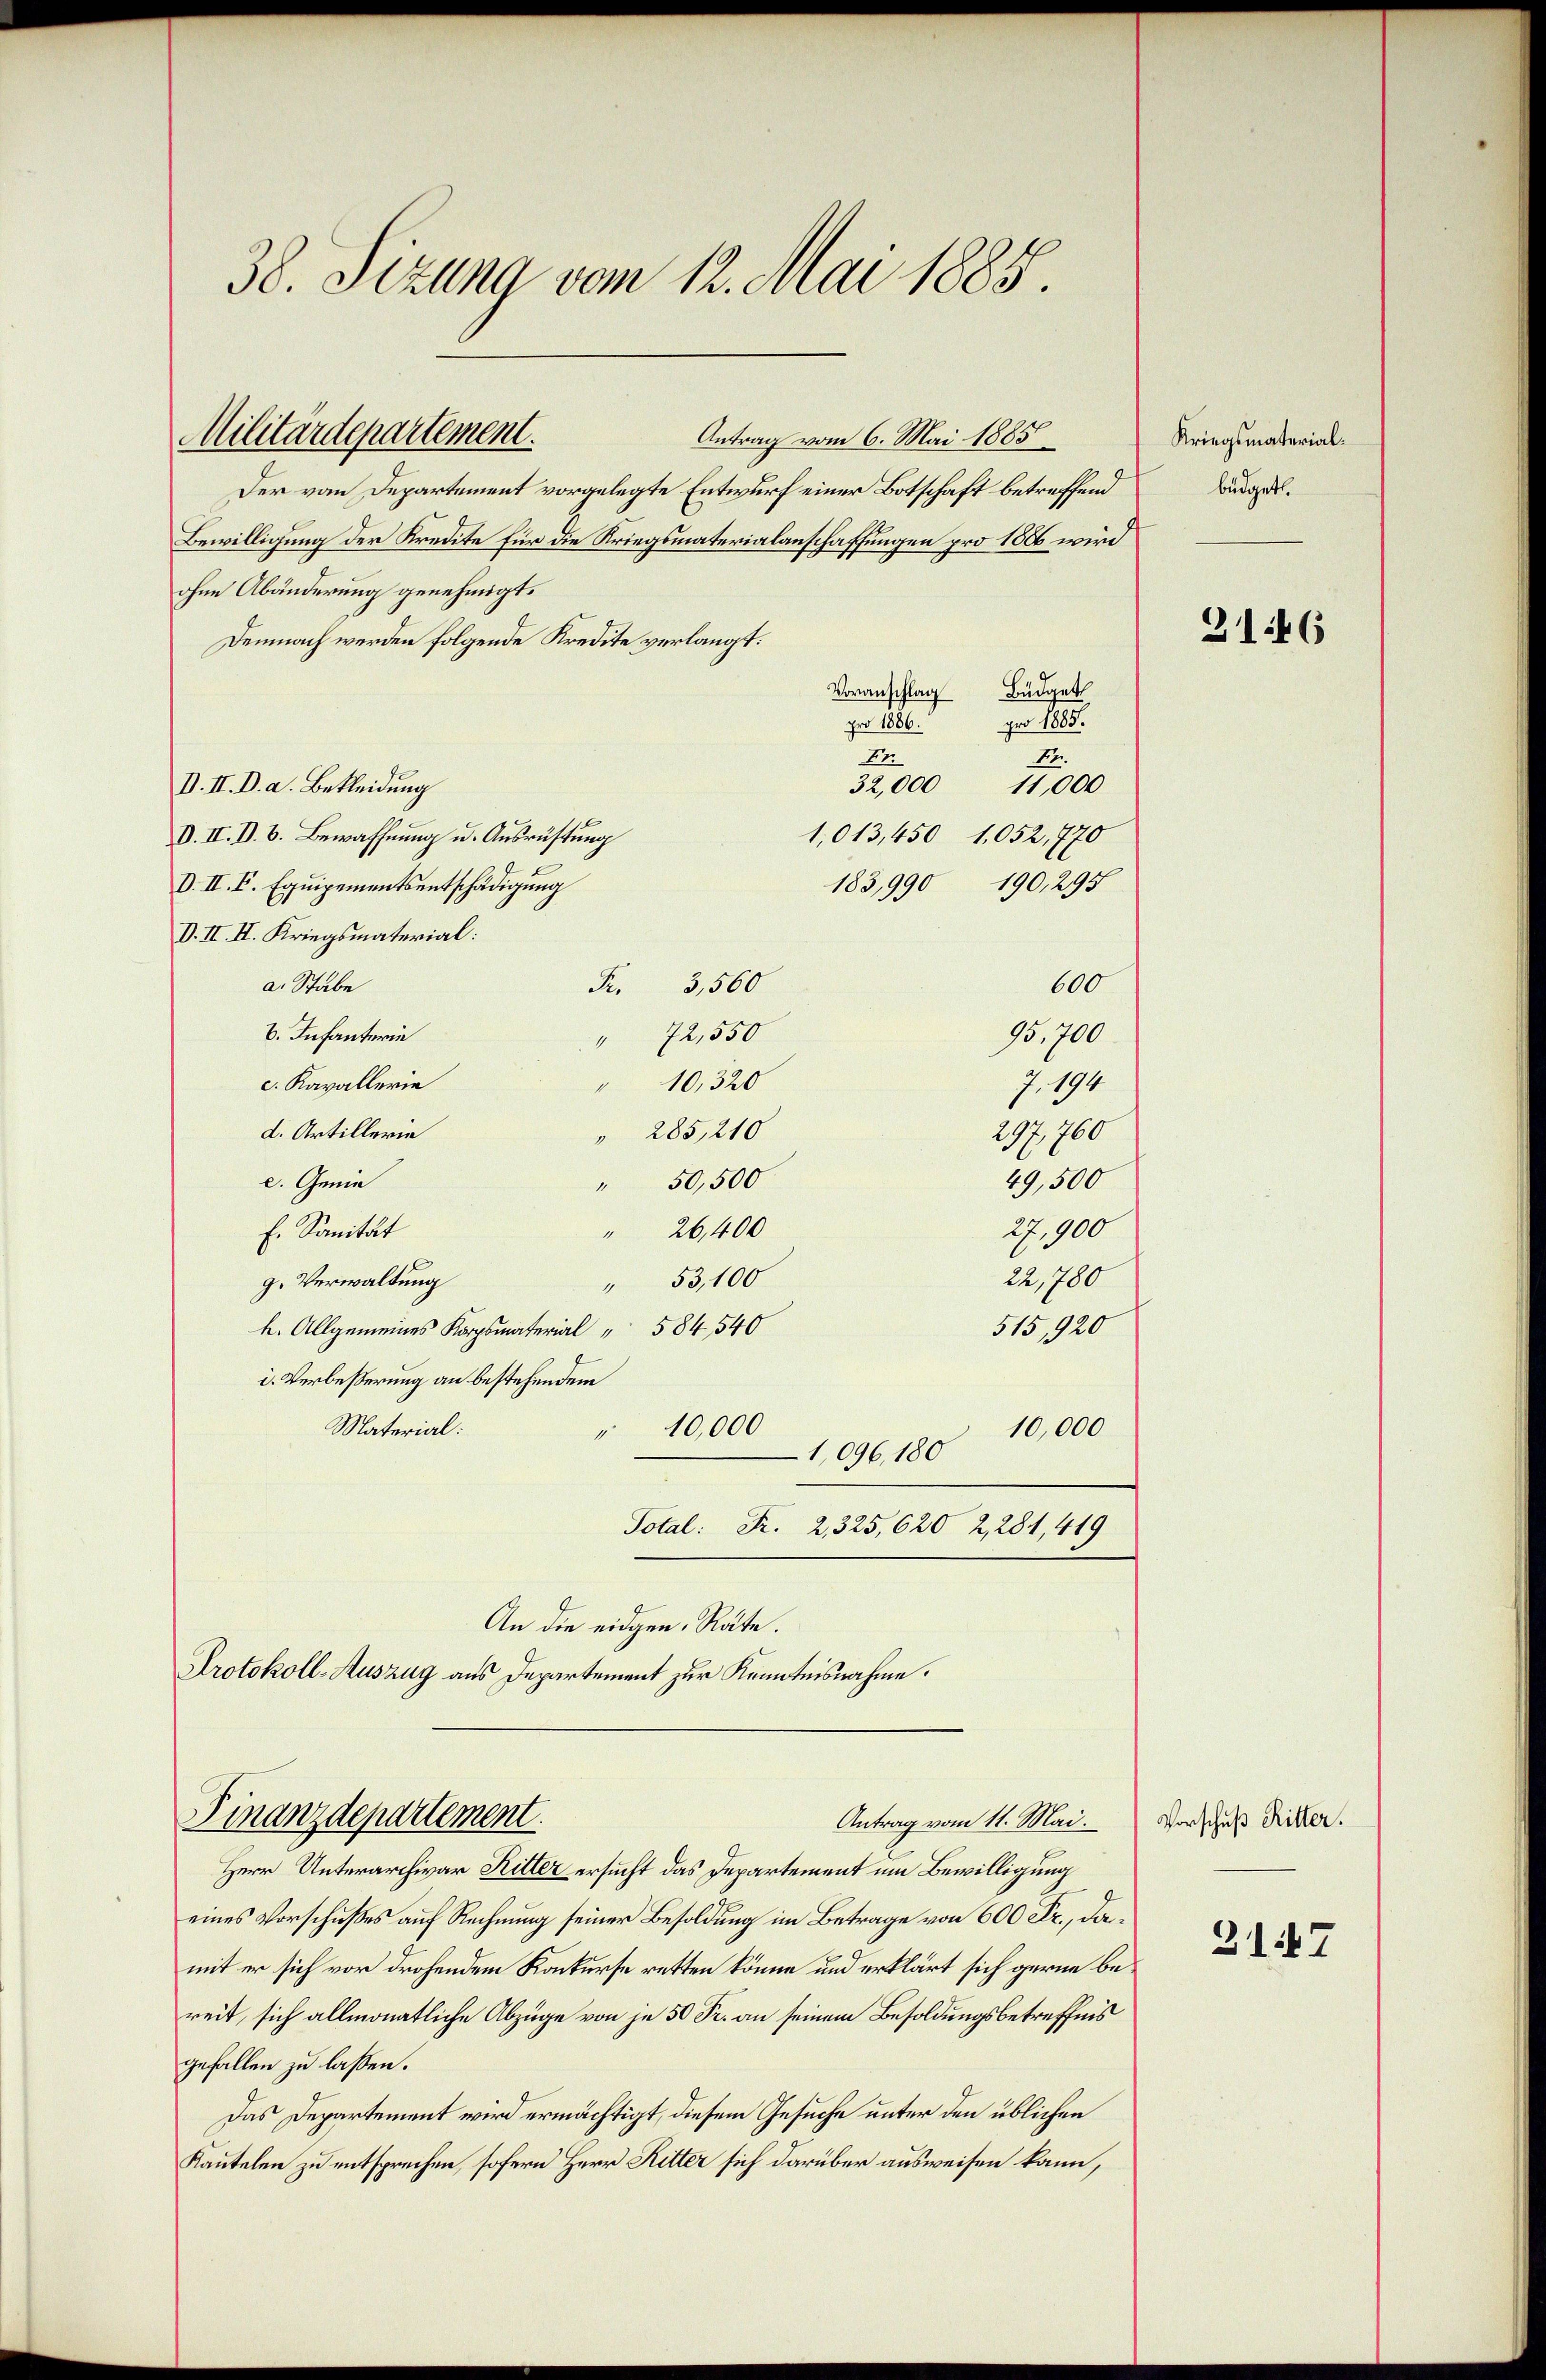
38. Sizung vom 12. Mai 1885.

Antrag vom 6. Mai 1885
Der vom Departement vorgelegte Entwurf einer Botschaft betreffend
Bewilligung der Kredite für die Kriegsmaterialanschaffungen pro 1886 wird
ohne Abänderung genehmigt.
Demnach werden folgende Kredite verlangt:
Voranschlag Büdgets
pro 1885.
pro 1886.
12.
Er.
D. II. D. a. Bekleidung
32,000
11,000
D. II. D. B. Bewaffnung u. Ausrüstung
1,013,450 1052,770
183,990 190,295
D. II. E. Equipementsentschädigung
V. II. II. Kriegsmaterial:
a. Stabe
600
3,560
S
95,700
B. Infanterie
" 72,550
c. Kavallerie
" 10,320
7.194
d. Artillerie
297,760
" 285, 210
c. Genie
49,500
" 50,500
" 26,400
27,900
f. Sanität
22,780
53,100
g. Verwaltung
1
515,920
 Allgemeines 584540
i. Verbeßerung an bestehendem
Material:
" 10,000
1,096. 180 10,000
Total: Fr. 2, 325, 620 2,281, 419
An die eidgen. Räte.
Protokoll-Auszug aus Departement zur Kenntnisnahme.

Militärdepartement.

Finanzdepartement
Antrag vom 11. Mai.

Herr Unterarchivar Ritter ersucht das Departement um Bewilligung
eines Vorschußes auf Rechnung seiner Besoldung im Betrage von 600 Fr., damit er sich vor drohendem Konkurse retten könne und erklärt sich gerne bereit, sich allmonatliche Abzüge von je 50 Fr. an seinem Besoldungsbetreffnis
gefallen zu lassen.
Das Departement wird ermächtigt, diesem Gesuche unter den üblichen
Kautelen zu entsprechen, sofern Herr Ritter sich darüber ausweisen kann,

Kriegsmaterialbüdget

3146

Vorschuß Ritter.

217